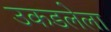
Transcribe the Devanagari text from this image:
उकडलेला